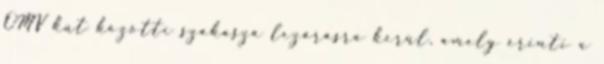
OMV kút közötti szakasza lezárásra kerül, amely érinti a